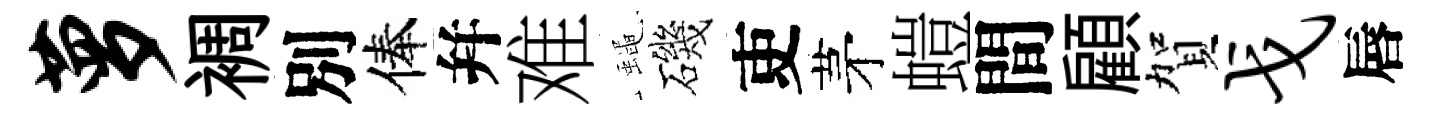
萝裯別俸幷难蠅磯吏茅螘間顧賀戈唇